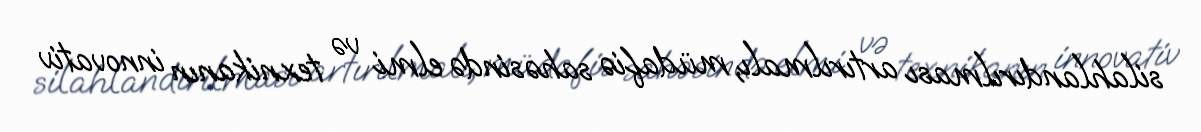
silahlandırılması artırılmalı, müdafiə sahəsində elmi və texnikanın innovativ